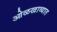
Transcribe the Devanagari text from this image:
ओळखाव्यात